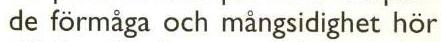
 de förmåga och mångsidighet hör